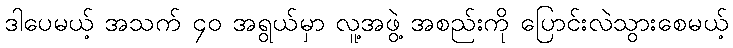
ဒါပေမယ့် အသက် ၄၀ အရွယ်မှာ လူ့အဖွဲ့ အစည်းကို ပြောင်းလဲသွားစေမယ့်